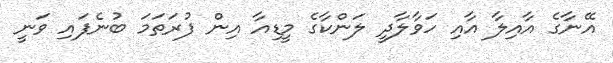
އޭނާގެ އާއިލާ އާއި ހަވާލާދީ ލަންކާގެ މީޑިއާ އިން ފުރަތަމަ ބުނެފައި ވަނީ